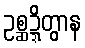
ဥစ္ဆဍ္ဍိတွာန